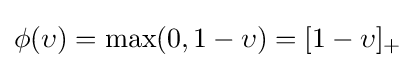
\phi (\upsilon )=\max(0,1-\upsilon )=[1-\upsilon ]_{+}